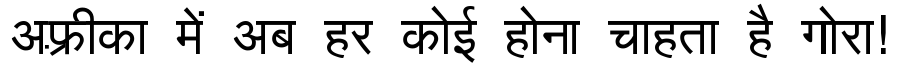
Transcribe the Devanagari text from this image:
अफ़्रीका में अब हर कोई होना चाहता है गोरा!